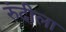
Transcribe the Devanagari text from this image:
रुंदीला